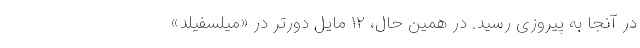
در آنجا به پیروزی رسید. در همین حال، ۱۲ مایل دورتر در «میلسفیلد»